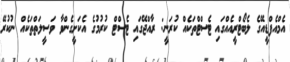
އެމްއެފްޑީއޭގެ ލެބޯޓްރީއެއްގައި ޓެސްޓްތަކެއް ކުރަނީ: ރާއްޖޭގައި ޓެސްޓް ކުރުމުގެ އެކަށީގެންވާ ވަސީލަތްތަކެއް ނުކުރޭ